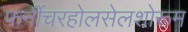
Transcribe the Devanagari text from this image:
फर्नीचरहोलसेलशोरूम